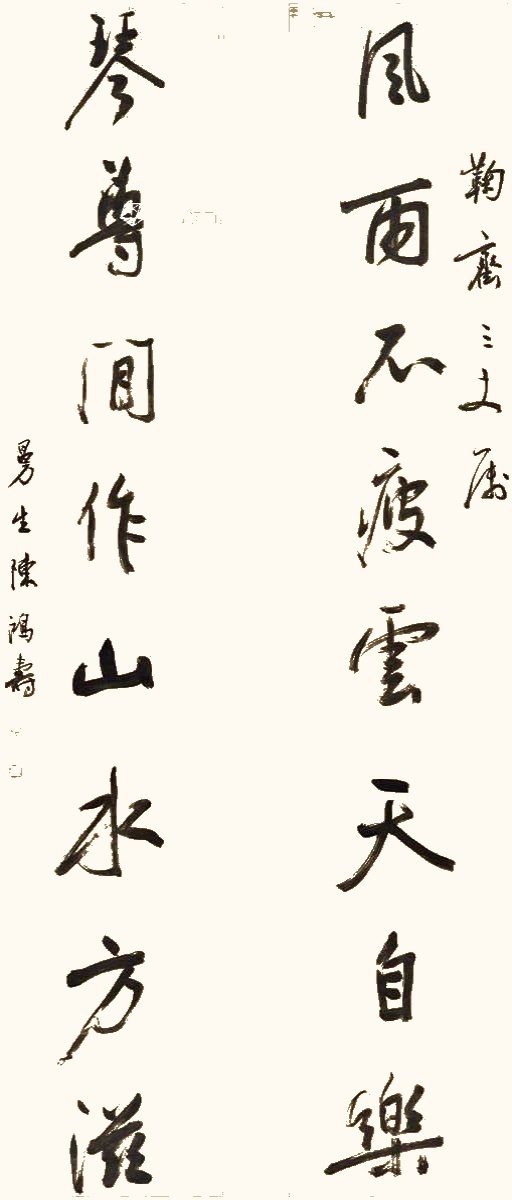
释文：风雨不疲云天自乐，琴尊闲作山水方滋。鞠斋三丈属，曼生陈鸿寿。